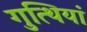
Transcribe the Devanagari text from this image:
गुत्थियां